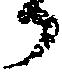
か